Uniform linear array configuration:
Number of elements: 16
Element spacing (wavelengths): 1
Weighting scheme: hamming
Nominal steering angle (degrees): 0
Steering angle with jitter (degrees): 1.913
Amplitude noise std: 0.05
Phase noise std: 0.05

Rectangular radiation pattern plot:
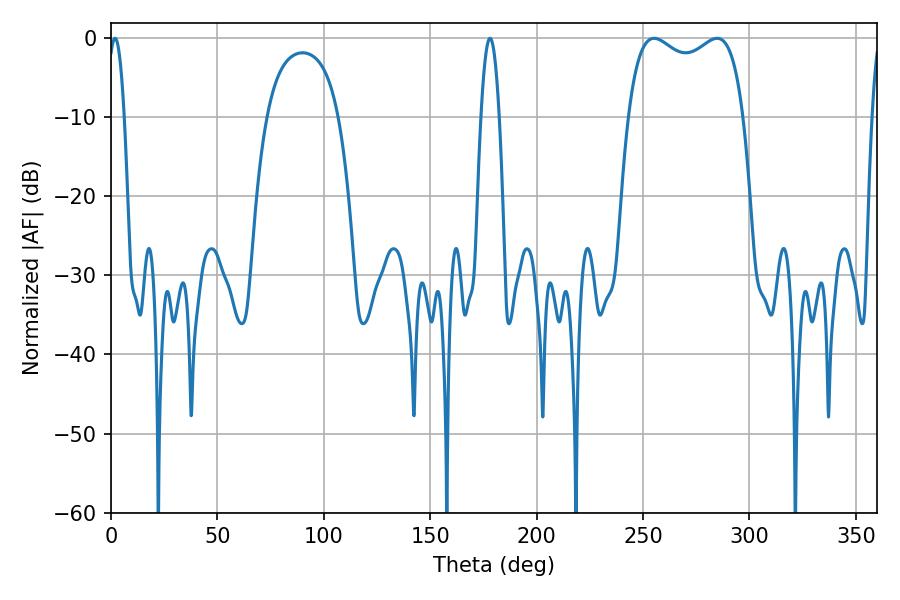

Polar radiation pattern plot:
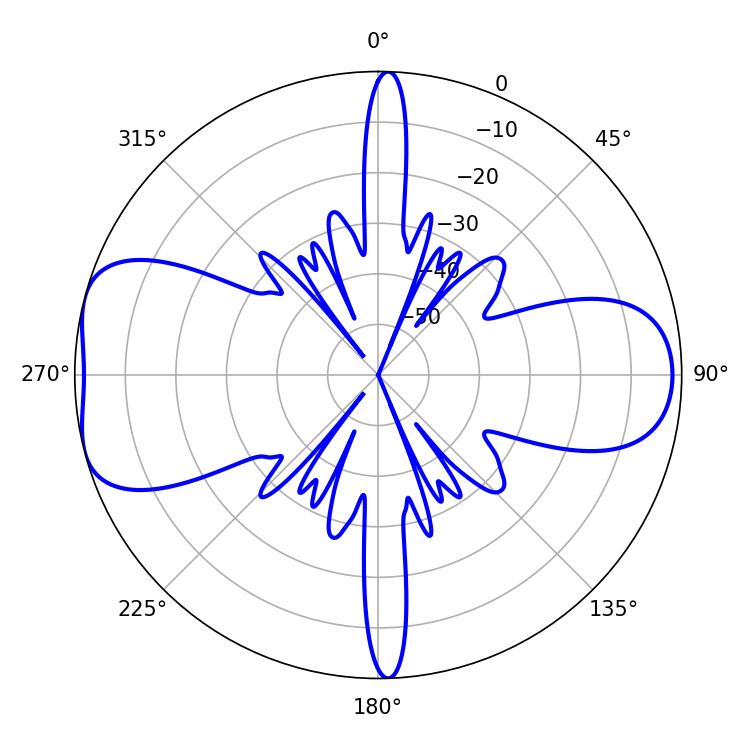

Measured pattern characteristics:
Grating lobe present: TRUE
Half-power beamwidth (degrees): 44.64
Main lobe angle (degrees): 255.24